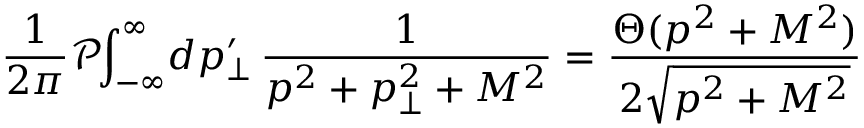
\frac { 1 } { 2 \pi } \mathcal { P } \! \! \int _ { - \infty } ^ { \infty } \! d p _ { \perp } ^ { \prime } \, \frac { 1 } { p ^ { 2 } + p _ { \perp } ^ { 2 } + M ^ { 2 } } = \frac { \Theta ( p ^ { 2 } + M ^ { 2 } ) } { 2 \sqrt { p ^ { 2 } + M ^ { 2 } } }